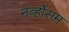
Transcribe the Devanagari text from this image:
नर्व्होसम